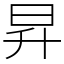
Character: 昇